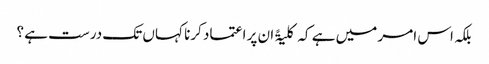
بلکہ اس امر میں ہے کہ کلیۃً ان پر اعتماد کرنا کہاں تک درست ہے ؟